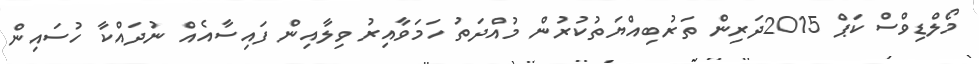
މޯލްޑިވްސް ކަޕް 2015ދަރިން ތަރުބިއްޔަތުކުރުން މުއްދަތު ހަމަވާއިރު ވިލާއިން ފައިސާއެއް ނުދައްކާ ހުސައިން